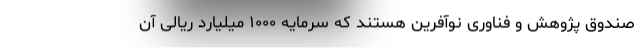
صندوق پژوهش و فناوری نوآفرین هستند که سرمایه ۱۰۰۰ میلیارد ریالی آن